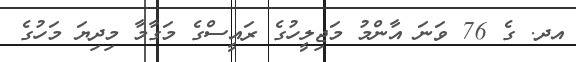
އދ. ގެ 76 ވަނަ އާންމު މަޖިލީހުގެ ރައީސްގެ މަގާމާ މިދިޔަ މަހުގެ